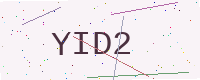
Text: YID2